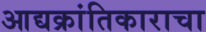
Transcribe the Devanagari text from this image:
आद्यक्रांतिकाराचा